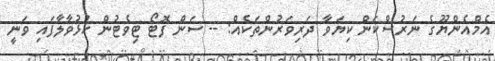
އެމްއެންޔޫގެ ނަރުސްކަން ކިޔަވާ ދަރިވަރުންތަކެއް: -- ސަން ފޮޓޯ ޓިވެޓުން ހުޅުވާލާފައި ވަނީ